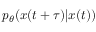
p _ { \theta } ( x ( t + \tau ) | x ( t ) )